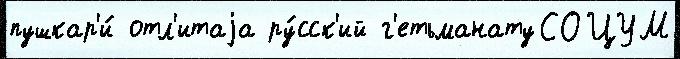
пушкар'и́ отл'итаjа ру́сск'ий г'етьманатуСОЦУМ